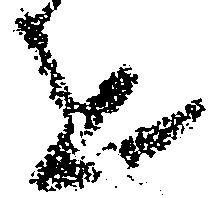
を